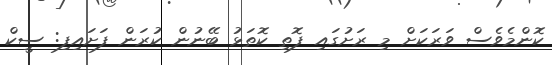
ކޮންމެވެސް ވަރަކަށް މި ރަށުގައި ފޮތި ކޮތަޅު ބޭނުން ކުރަން ފަށައިފި: ސީކް